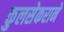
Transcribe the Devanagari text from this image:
कुलसेकराने